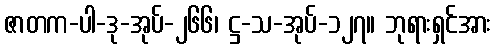
ဇာတက-ပါ-ဒု-အုပ်-၂၆၆၊ ဋ္ဌ-သ-အုပ်-၁၂၇။ ဘုရားရှင်အား